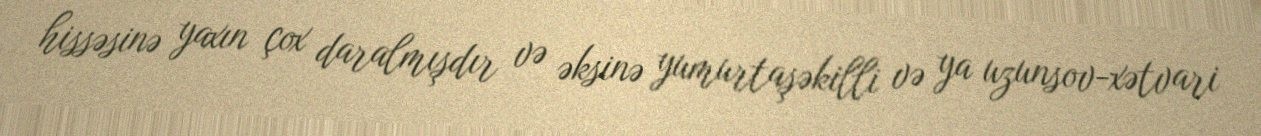
hissəsinə yaxın çox daralmışdır və əksinə yumurtaşəkilli və ya uzunsov-xətvari